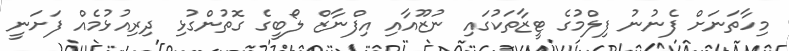
މިހާތަނަށް ފެނުނު ފިލްމުގެ ޓީޒާތަކުގައި ނުޒޫއާއި އިފްނާޒް ލޯބީގެ ގޮތުންގުޅި ދިރިއުޅުމެއް ފަށަނީ